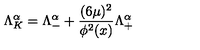
\Lambda _ { K } ^ { \alpha } = \Lambda _ { - } ^ { \alpha } + { \frac { ( 6 \mu ) ^ { 2 } } { \phi ^ { 2 } ( x ) } } \Lambda _ { + } ^ { \alpha }